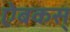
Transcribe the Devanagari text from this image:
ऐबकस्